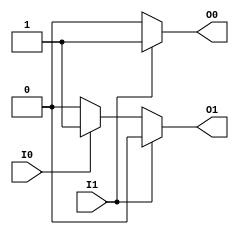
module binary_encoder (
    input wire I0,    // Input line 0
    input wire I1,    // Input line 1
    output reg O0,    // Output line 0
    output reg O1     // Output line 1
);

always @(*) begin
    // Default output when no inputs are active
    O0 = 1'b0;
    O1 = 1'b0;

    // Check the inputs and set the outputs accordingly
    if (I1) begin
        O0 = 1'b1;  // I1 is active, output is 01
        O1 = 1'b0;
    end else if (I0) begin
        O0 = 1'b0;  // I0 is active, output is 10
        O1 = 1'b1;
    end
    // If both I0 and I1 are low, O0 and O1 remain 0 (default case)
end

endmodule